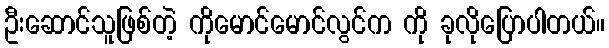
ဦးဆောင်သူဖြစ်တဲ့ ကိုမောင်မောင်လွင်က ကို ခုလိုပြောပါတယ်။